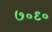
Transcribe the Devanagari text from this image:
७०९०